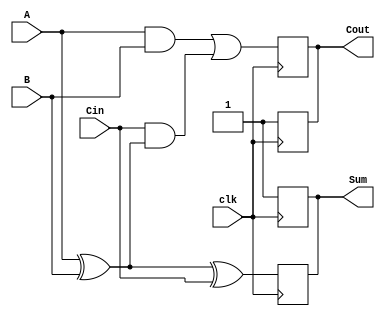
module dynamic_full_adder (
    input wire A,      // First input bit
    input wire B,      // Second input bit
    input wire Cin,    // Carry-in bit
    input wire clk,    // Clock signal
    output reg Sum,    // Sum output
    output reg Cout    // Carry-out output
);

    // Internal signals for the precharge and evaluation phases
    reg precharge;
    reg A_xor_B;

    always @(posedge clk) begin
        // Precharge phase
        precharge <= 1'b1; // Enable precharge
        Sum <= 1'b1;       // Precharge Sum to 1
        Cout <= 1'b1;      // Precharge Cout to 1
    end

    always @(negedge clk) begin
        // Evaluation phase
        precharge <= 1'b0; // Disable precharge

        // Calculate A XOR B
        A_xor_B = A ^ B;

        // Calculate Sum = A XOR B XOR Cin
        Sum <= A_xor_B ^ Cin;

        // Calculate Cout = (A AND B) OR (Cin AND (A XOR B))
        Cout <= (A & B) | (Cin & A_xor_B);
    end

endmodule